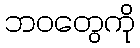
ဘဝတွေကို